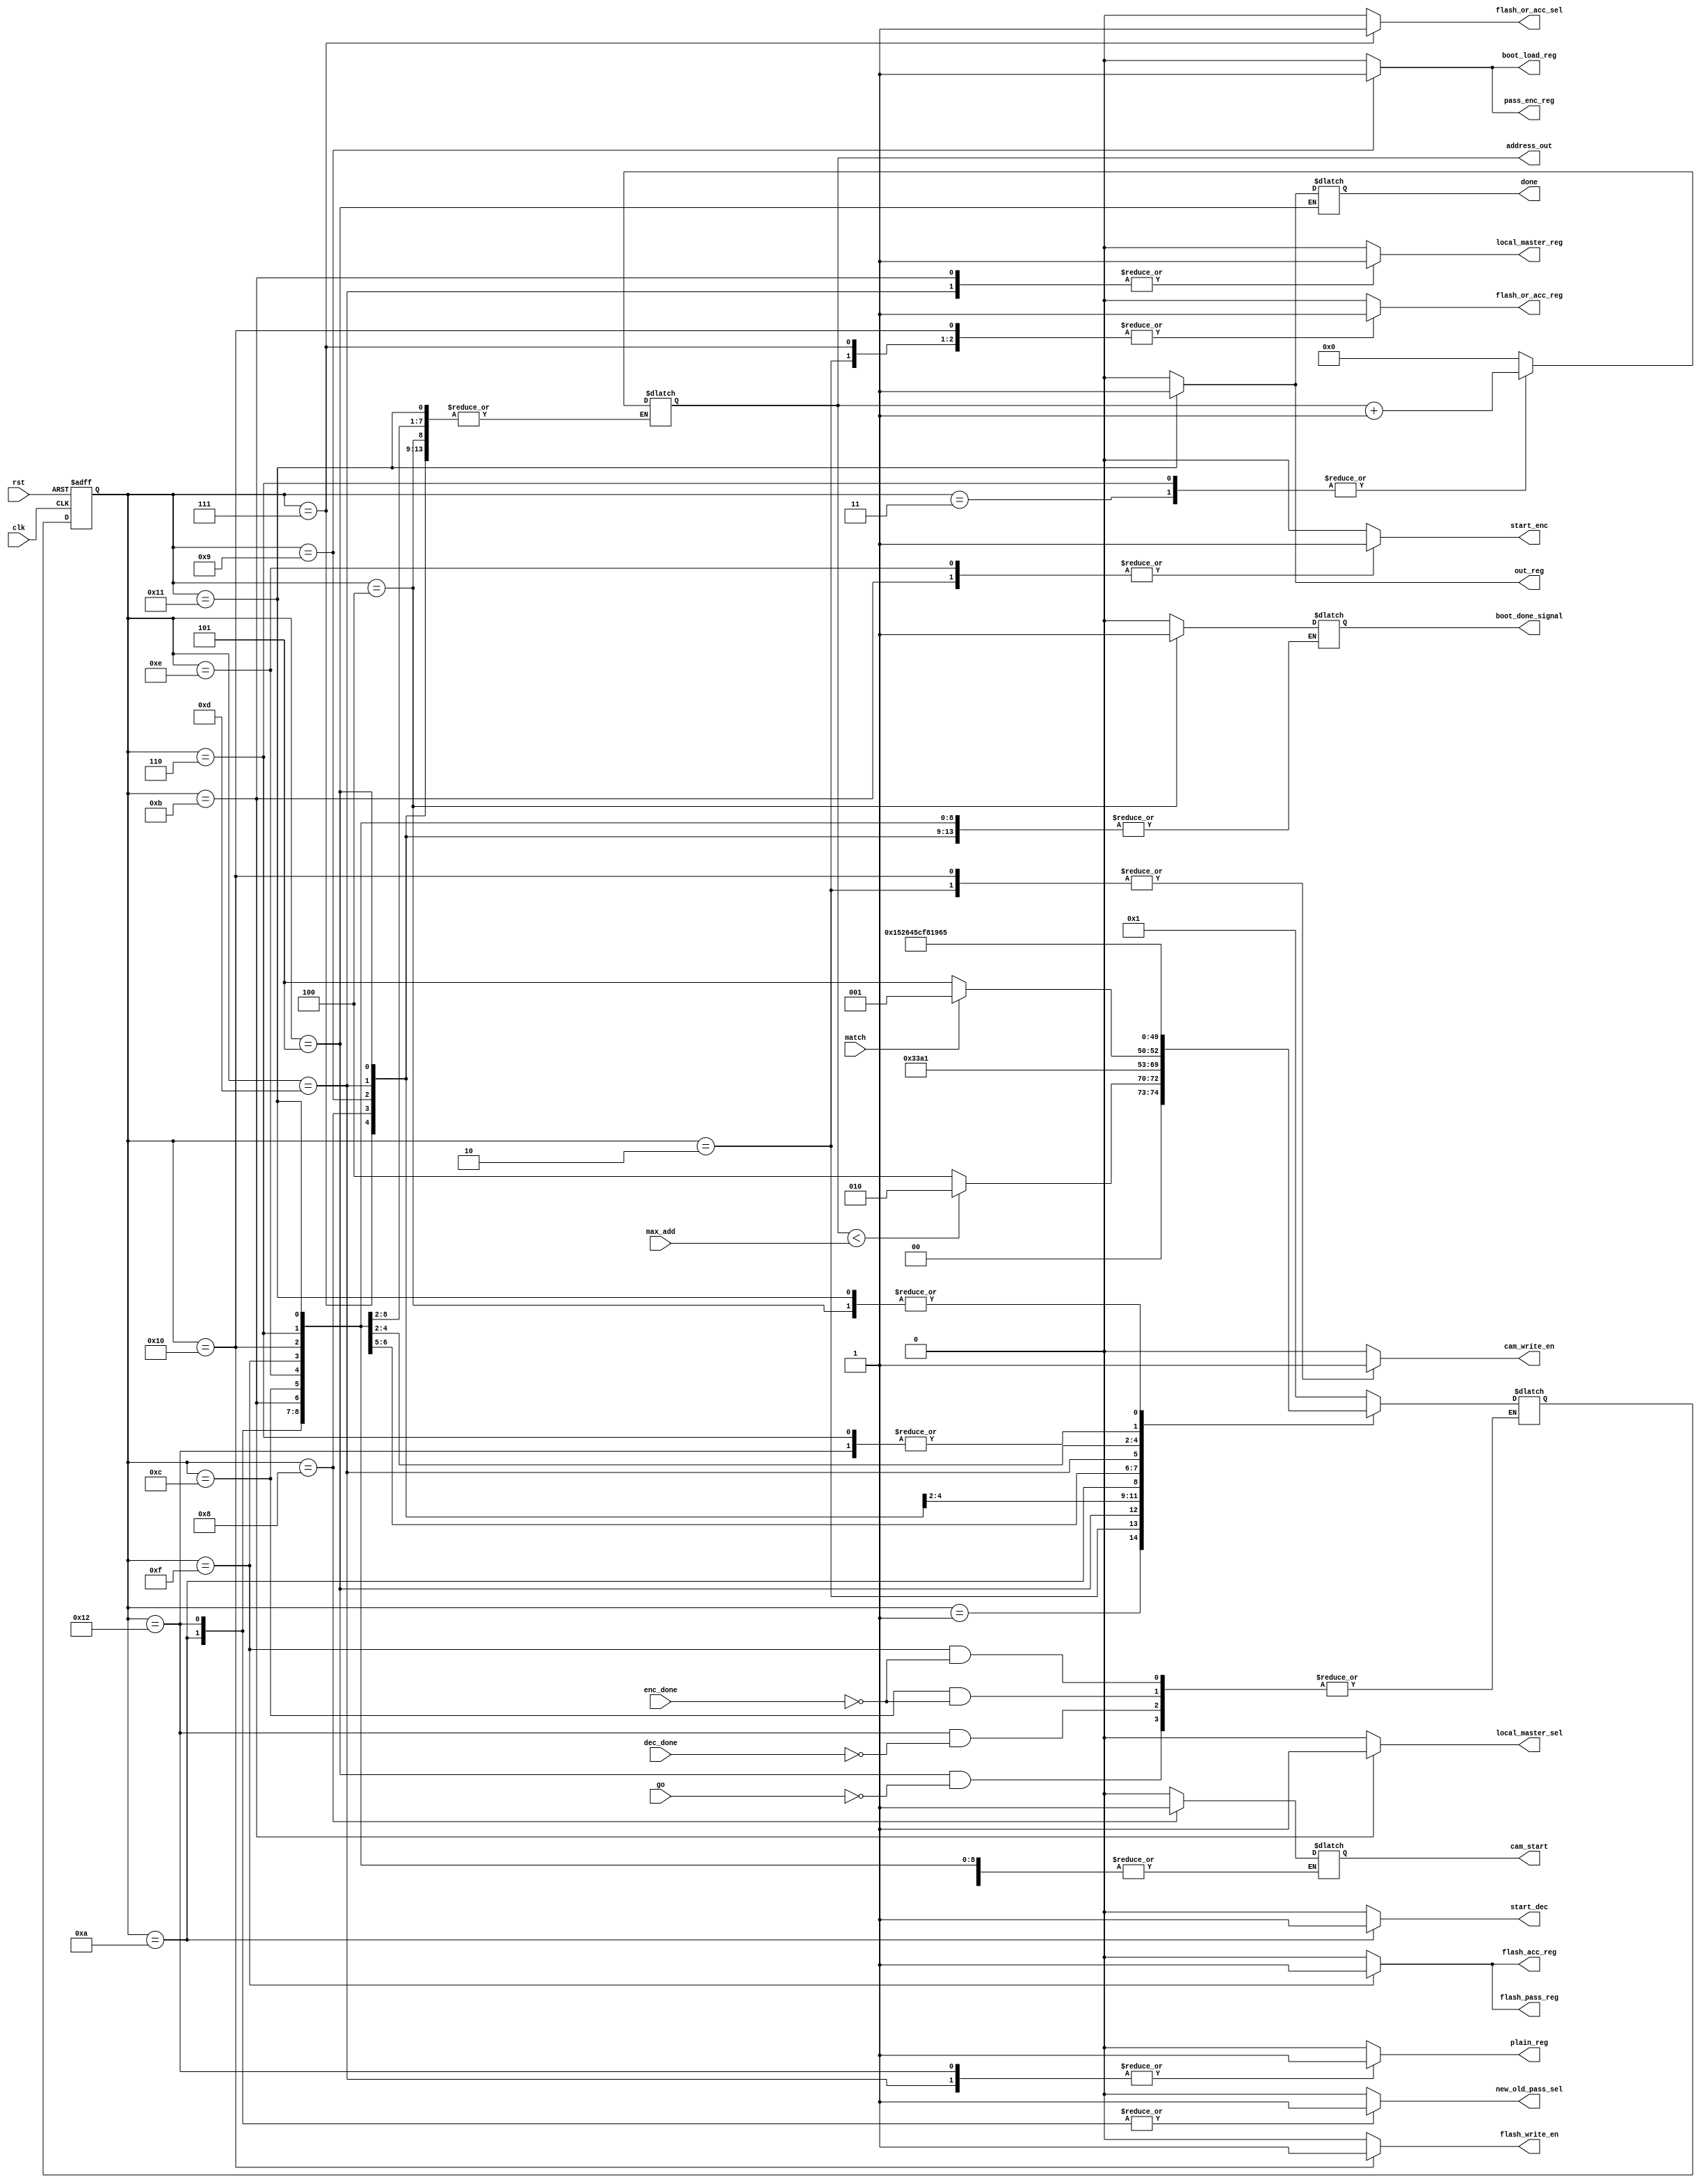
`timescale 1ns / 1ps
module FSM(
    input   clk,
    input   rst,
    input   match,
    input   go,
    input   enc_done,
    input   dec_done,
    input   [3:0] max_add,
    output reg  cam_start,
    output reg  start_dec,
    output reg  start_enc,
    output reg  boot_load_reg,
    output reg  cam_write_en,
    output reg  flash_write_en,
    output reg  flash_or_acc_sel,
    output reg  flash_or_acc_reg,
    output reg  pass_enc_reg,
    output reg  new_old_pass_sel,
    output reg  plain_reg,
    output reg  out_reg,
    output reg  flash_acc_reg,
    output reg  flash_pass_reg,
    output reg  local_master_sel,
    output reg  local_master_reg,
    output reg  done,
    output reg  [3:0] address_out, //da el address ele mtwsl b flash w cam f nafs el wa2t
    output reg  boot_done_signal
    );
    
    reg [4:0] currentstate;
    reg [4:0] nextstate;
    parameter start = 0,            boot = 1,               load_cam = 2;
    parameter busy_cam = 3,         boot_done = 4,          idle = 5;
    parameter add_icrement = 6,     go_state = 7,           check_match = 8;
    parameter matched = 9,          decrypt_start = 10,     encrypt_master = 11;
    parameter wait_enc = 12,        not_matched = 13,       encrypt_load = 14; 
    parameter wait_encrypt = 15,    falsh_write = 16,       out = 17;
    parameter wait_dec = 18;


    always @(posedge clk, posedge rst)
    begin
        
        if(rst) // go to state zero if rese
            begin
            currentstate <= start;
            end
        else // otherwise update the states
            begin
            currentstate <= nextstate;
            end
    end
    
    always@(currentstate,match,go,enc_done,dec_done,max_add,cam_start)
    begin
        
        case(currentstate)
            start:
            begin
                address_out <= 0;
                boot_load_reg <= 0;
                start_enc <=0;
                cam_write_en <= 0;
                flash_write_en <= 0;
                flash_or_acc_sel <= 0;
                flash_or_acc_reg <= 0;
                pass_enc_reg <= 0;
                new_old_pass_sel <= 0;
                plain_reg <= 0;
                start_dec <=0;
                cam_start <=0;
                out_reg <= 0;
                flash_acc_reg <= 0;
                flash_pass_reg <= 0;
                local_master_sel <= 0;
                local_master_reg <= 0;
                done <= 0;
                boot_done_signal <=0;
                nextstate <= boot;
            end


            boot:
            begin
                boot_load_reg <= 0;
                start_enc <=0;
                cam_write_en <= 0;
                flash_write_en <= 0;
                flash_or_acc_sel <= 0;
                flash_or_acc_reg <= 0;
                pass_enc_reg <= 0;
                cam_start <=0;
                new_old_pass_sel <= 0;
                plain_reg <= 0;
                start_dec <=0; 
                out_reg <= 0;
                flash_acc_reg <= 0;
                flash_pass_reg <= 0;
                local_master_sel <= 0;
                local_master_reg <= 0;
                done <= 0;
                boot_done_signal <=0;
                if (address_out < max_add) begin
                    nextstate <=load_cam;
                end else begin
                    nextstate <=boot_done;
                end

            end


            load_cam:
            begin
                boot_load_reg <= 0;
                cam_write_en <= 1;
                flash_write_en <= 0;
                flash_or_acc_sel <= 0;
                flash_or_acc_reg <= 1;
                pass_enc_reg <= 0;
                new_old_pass_sel <= 0;
                plain_reg <= 0;
                start_dec <=0;
                start_enc <=0; 
                cam_start <=0;
                out_reg <= 0;
                flash_acc_reg <= 0;
                flash_pass_reg <= 0;
                local_master_sel <= 0;
                local_master_reg <= 0;
                done <= 0;
                boot_done_signal <=0;
                nextstate <= busy_cam;
            end


            busy_cam:
            begin
                boot_load_reg <= 0;
                cam_write_en <= 0;
                flash_write_en <= 0;
                flash_or_acc_sel <= 0;
                flash_or_acc_reg <= 0;
                pass_enc_reg <= 0;
                new_old_pass_sel <= 0;
                plain_reg <= 0;
                start_dec <=0; 
                start_enc <=0;                 
                out_reg <= 0;
                flash_acc_reg <= 0;
                flash_pass_reg <= 0;
                local_master_sel <= 0;
                local_master_reg <= 0;
                done <= 0;
                boot_done_signal <=0;
                nextstate <= boot;
                address_out <= address_out +1;
            end


            boot_done:
            begin
                boot_load_reg <= 0;
                cam_write_en <= 0;
                flash_write_en <= 0;
                flash_or_acc_sel <= 0;
                flash_or_acc_reg <= 0;
                pass_enc_reg <= 0;
                new_old_pass_sel <= 0;
                plain_reg <= 0;
                start_dec <=0; 
                start_enc <=0;
                out_reg <= 0;
                flash_acc_reg <= 0;
                flash_pass_reg <= 0;
                local_master_sel <= 0;
                local_master_reg <= 0;
                done <= 0;
                boot_done_signal <=1;
                nextstate <= idle;
            end


            idle:
            begin
                boot_load_reg <= 0;
                cam_write_en <= 0;
                flash_write_en <= 0;
                flash_or_acc_sel <= 0;
                flash_or_acc_reg <= 0;
                pass_enc_reg <= 0;
                new_old_pass_sel <= 0;
                plain_reg <= 0;
                start_dec <=0;
                start_enc <=0; 
                out_reg <= 0;
                flash_acc_reg <= 0;
                flash_pass_reg <= 0;
                local_master_sel <= 0;
                local_master_reg <= 0;
                if(go)
                begin
                    nextstate <= go_state;
                end
                
            end

            go_state:
            begin
                boot_load_reg <= 0;
                cam_write_en <= 0;
                flash_write_en <= 0;
                flash_or_acc_sel <= 1;
                flash_or_acc_reg <= 1;
                pass_enc_reg <= 0;
                new_old_pass_sel <= 0;
                plain_reg <= 0;
                cam_start <=0;
                start_dec <=0; 
                start_enc <=0;
                out_reg <= 0;
                flash_acc_reg <= 0;
                flash_pass_reg <= 0;
                local_master_sel <= 0;
                local_master_reg <= 0;
                done <= 0;
                nextstate <= check_match;
            end


            check_match:
            begin
                boot_load_reg <= 0;
                cam_write_en <= 0;
                flash_write_en <= 0;
                flash_or_acc_sel <= 0;
                flash_or_acc_reg <= 0;
                pass_enc_reg <= 0;
                cam_start <=1;
                new_old_pass_sel <= 0;
                plain_reg <= 0;
                start_dec <=0; 
                start_enc <=0;
                out_reg <= 0;
                flash_acc_reg <= 0;
                flash_pass_reg <= 0;
                local_master_sel <= 0;
                local_master_reg <= 0;
                done <= 0;
                if (match) begin
                    nextstate <= matched;
                end else begin
                    nextstate <= not_matched;
                end
            end


            matched:
            begin
                boot_load_reg <= 1;
                cam_write_en <= 0;
                flash_write_en <= 0;
                flash_or_acc_sel <= 0;
                flash_or_acc_reg <= 0;
                pass_enc_reg <= 1;
                new_old_pass_sel <= 0;
                plain_reg <= 0;
                start_dec <=0; 
                start_enc <=0;
                cam_start <=0;
                out_reg <= 0;
                flash_acc_reg <= 0;
                flash_pass_reg <= 0;
                local_master_sel <= 0;
                local_master_reg <= 0;
                done <= 0;
                nextstate <= decrypt_start;
            end


            decrypt_start:
            begin
                boot_load_reg <= 0;
                cam_write_en <= 0;
                flash_write_en <= 0;
                flash_or_acc_sel <= 0;
                flash_or_acc_reg <= 0;
                pass_enc_reg <= 0;
                new_old_pass_sel <= 1;
                plain_reg <= 0;
                start_dec <=1; 
                start_enc <=0;
                out_reg <= 0;
                flash_acc_reg <= 0;
                flash_pass_reg <= 0;
                local_master_sel <= 0;
                local_master_reg <= 0;
                done <= 0;
                 nextstate <= wait_dec;
                
            end
            
            wait_dec:
            begin
            boot_load_reg <= 0;
            cam_write_en <= 0;
            flash_write_en <= 0;
            flash_or_acc_sel <= 0;
            flash_or_acc_reg <= 0;
            pass_enc_reg <= 0;
            new_old_pass_sel <= 1;
            plain_reg <= 1;
            start_dec <=0; 
            start_enc <=0;
            out_reg <= 0;
            flash_acc_reg <= 0;
            flash_pass_reg <= 0;
            local_master_sel <= 0;
            local_master_reg <= 0;
            done <= 0;
            
            if (dec_done) begin
                nextstate <= encrypt_master;
            end
            
            end


            encrypt_master:
            begin
                boot_load_reg <= 0;
                cam_write_en <= 0;
                flash_write_en <= 0;
                flash_or_acc_sel <= 0;
                flash_or_acc_reg <= 0;
                pass_enc_reg <= 0;
                new_old_pass_sel <= 0;
                plain_reg <= 0;
                start_dec <=0; 
                start_enc <=1;
                out_reg <= 0;
                flash_acc_reg <= 0;
                flash_pass_reg <= 0;
                local_master_sel <= 1;
                local_master_reg <= 1;
                done <= 0;
                nextstate <= wait_enc;
            end


            wait_enc:
            begin
                boot_load_reg <= 0;
                cam_write_en <= 0;
                flash_write_en <= 0;
                flash_or_acc_sel <= 0;
                flash_or_acc_reg <= 0;
                pass_enc_reg <= 0;
                new_old_pass_sel <= 0;
                plain_reg <= 0;
                start_dec <=0;
                start_enc <= 0; 
                out_reg <= 0;
                flash_acc_reg <= 0;
                flash_pass_reg <= 0;
                local_master_sel <= 0;
                local_master_reg <= 0;
                done <= 0;
                if (enc_done) begin
                    nextstate <= out;
                end
            end


            not_matched:
            begin
                boot_load_reg <= 0;
                cam_write_en <= 0;
                flash_write_en <= 0;
                flash_or_acc_sel <= 0;
                flash_or_acc_reg <= 0;
                pass_enc_reg <= 0;
                new_old_pass_sel <= 0;
                plain_reg <= 1;
                cam_start <=0;
                start_dec <=0;
                start_enc <=0; 
                out_reg <= 0;
                flash_acc_reg <= 0;
                flash_pass_reg <= 0;
                local_master_sel <= 0;
                local_master_reg <= 1;
                done <= 0;
                nextstate <= encrypt_load;
            end


            encrypt_load:
            begin
                boot_load_reg <= 0;
                cam_write_en <= 0;
                flash_write_en <= 0;
                flash_or_acc_sel <= 0;
                flash_or_acc_reg <= 0;
                pass_enc_reg <= 0;
                new_old_pass_sel <= 0;
                plain_reg <= 0;
                start_dec <=0;
                start_enc <=1; 
                out_reg <= 0;
                flash_acc_reg <= 0;
                flash_pass_reg <= 0;
                local_master_sel <= 0;
                local_master_reg <= 0;
                done <= 0;
                nextstate <= wait_encrypt;
 
            end


            wait_encrypt:
            begin
                boot_load_reg <= 0;
                cam_write_en <= 0;
                flash_write_en <= 0;
                flash_or_acc_sel <= 0;
                flash_or_acc_reg <= 0;
                pass_enc_reg <= 0;
                new_old_pass_sel <= 0;
                plain_reg <= 0;
                start_dec <=0;
                start_enc <=0;
                out_reg <= 0;
                flash_acc_reg <= 1;
                flash_pass_reg <= 1;
                local_master_sel <= 0;
                local_master_reg <= 0;
                done <= 0;
                if (enc_done) begin
                nextstate <= falsh_write;
                end
            end


            falsh_write:
            begin
                
                boot_load_reg <= 0;
                cam_write_en <= 1;
                flash_write_en <= 1;
                flash_or_acc_sel <= 0;
                flash_or_acc_reg <= 1;
                pass_enc_reg <= 0;
                new_old_pass_sel <= 0;
                plain_reg <= 0;
                start_dec <=0;
                start_enc <=0;
                out_reg <= 0;
                flash_acc_reg <= 0;
                flash_pass_reg <= 0;
                local_master_sel <= 0;
                local_master_reg <= 0;
                done <= 0;
                nextstate <=  add_icrement;
            end
          
            add_icrement:
                begin
                boot_load_reg <= 0;
                cam_write_en <= 0;
                flash_write_en <= 0;
                flash_or_acc_sel <= 0;
                flash_or_acc_reg <= 0;
                pass_enc_reg <= 0;
                new_old_pass_sel <= 0;
                plain_reg <= 0;  
                out_reg <= 0;
                start_dec <=0;
                start_enc <=0;
                flash_acc_reg <= 0;
                flash_pass_reg <= 0;
                local_master_sel <= 0;
                local_master_reg <= 0;
                done <= 0;
                nextstate <=  encrypt_master;
                address_out <= address_out + 1;
            end
            
            out:
            begin
                boot_load_reg <= 0;
                cam_write_en <= 0;
                flash_write_en <= 0;
                flash_or_acc_sel <= 0;
                flash_or_acc_reg <= 0;
                pass_enc_reg <= 0;
                new_old_pass_sel <= 0;
                plain_reg <= 0;
                start_dec <=0;
                start_enc <=0;  
                out_reg <= 1;
                flash_acc_reg <= 0;
                flash_pass_reg <= 0;
                local_master_sel <= 0;
                local_master_reg <= 0;
                done <= 1;
                nextstate <= idle;
            end
            default:
            begin
                 address_out <= 0;
                 boot_load_reg <= 0;
                 start_enc <=0;
                 cam_write_en <= 0;
                 flash_write_en <= 0;
                 flash_or_acc_sel <= 0;
                 flash_or_acc_reg <= 0;
                 pass_enc_reg <= 0;
                 new_old_pass_sel <= 0;
                 plain_reg <= 0;
                 start_dec <=0;
                 cam_start <=0;
                 out_reg <= 0;
                 flash_acc_reg <= 0;
                 flash_pass_reg <= 0;
                 local_master_sel <= 0;
                 local_master_reg <= 0;
                 done <= 0;
                 boot_done_signal <=0;
                 nextstate <= boot;                
            end
        endcase

            
    end


endmodule